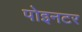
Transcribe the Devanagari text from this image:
पोइनटर